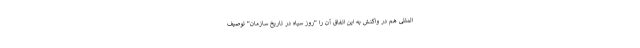
المللی هم در واکنش به این اتفاق آن را "روز سیاه در تاریخ سازمان" توصیف